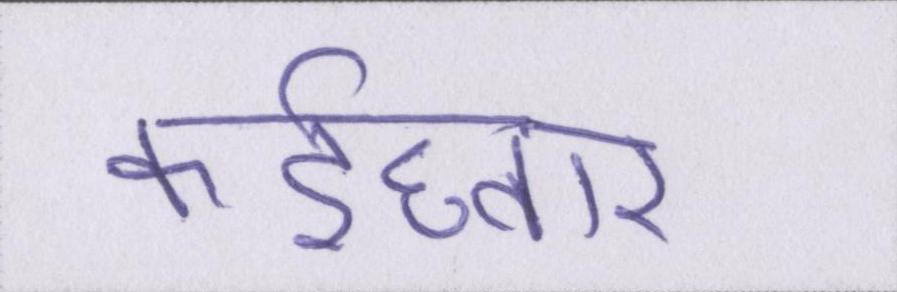
कईघ्बार